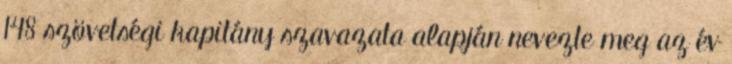
148 szövetségi kapitány szavazata alapján nevezte meg az év